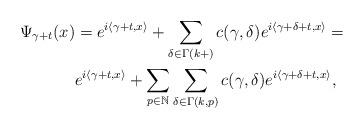
LaTeX: \begin{align*}\Psi_{\gamma+t}(x) & =e^{i\left\langle \gamma+t,x\right\rangle}+\sum\limits_{\delta\in\Gamma(k+)}c(\gamma,\delta)e^{i\left\langle\gamma+\delta+t,x\right\rangle }=\\& e^{i\left\langle \gamma+t,x\right\rangle }+\sum_{p\in\mathbb{N}}\sum\limits_{\delta\in\Gamma(k,p)}c(\gamma,\delta)e^{i\left\langle\gamma+\delta+t,x\right\rangle },\end{align*}